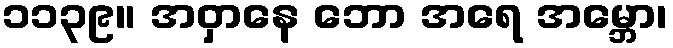
၁၁၃၉။ အဝှာနေ ဘော အရေ အမ္ဘော၊